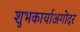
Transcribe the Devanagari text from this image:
शुभकार्याअगोदर